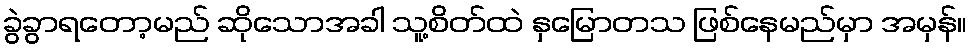
ခွဲခွာရတော့မည် ဆိုသောအခါ သူ့စိတ်ထဲ နှမြောတသ ဖြစ်နေမည်မှာ အမှန်။